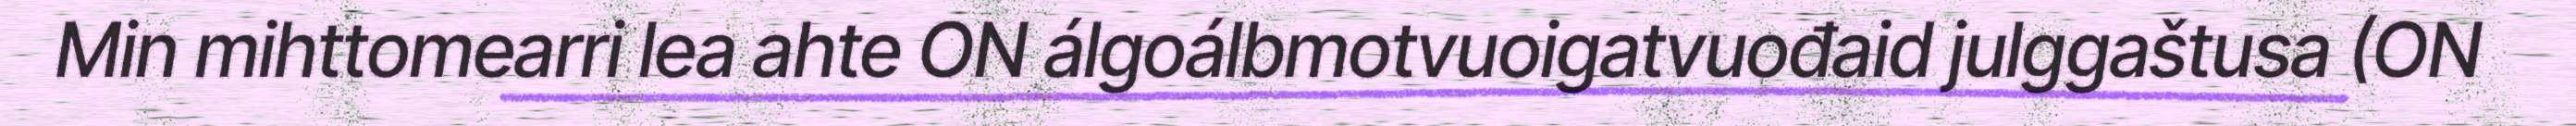
Min mihttomearri lea ahte ON álgoálbmotvuoigatvuođaid julggaštusa (ON